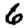
Digit: 6